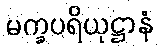
မက္ခပရိယုဋ္ဌာနံ